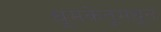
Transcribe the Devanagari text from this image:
धूमकेतूंमधून